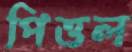
পিত্তল